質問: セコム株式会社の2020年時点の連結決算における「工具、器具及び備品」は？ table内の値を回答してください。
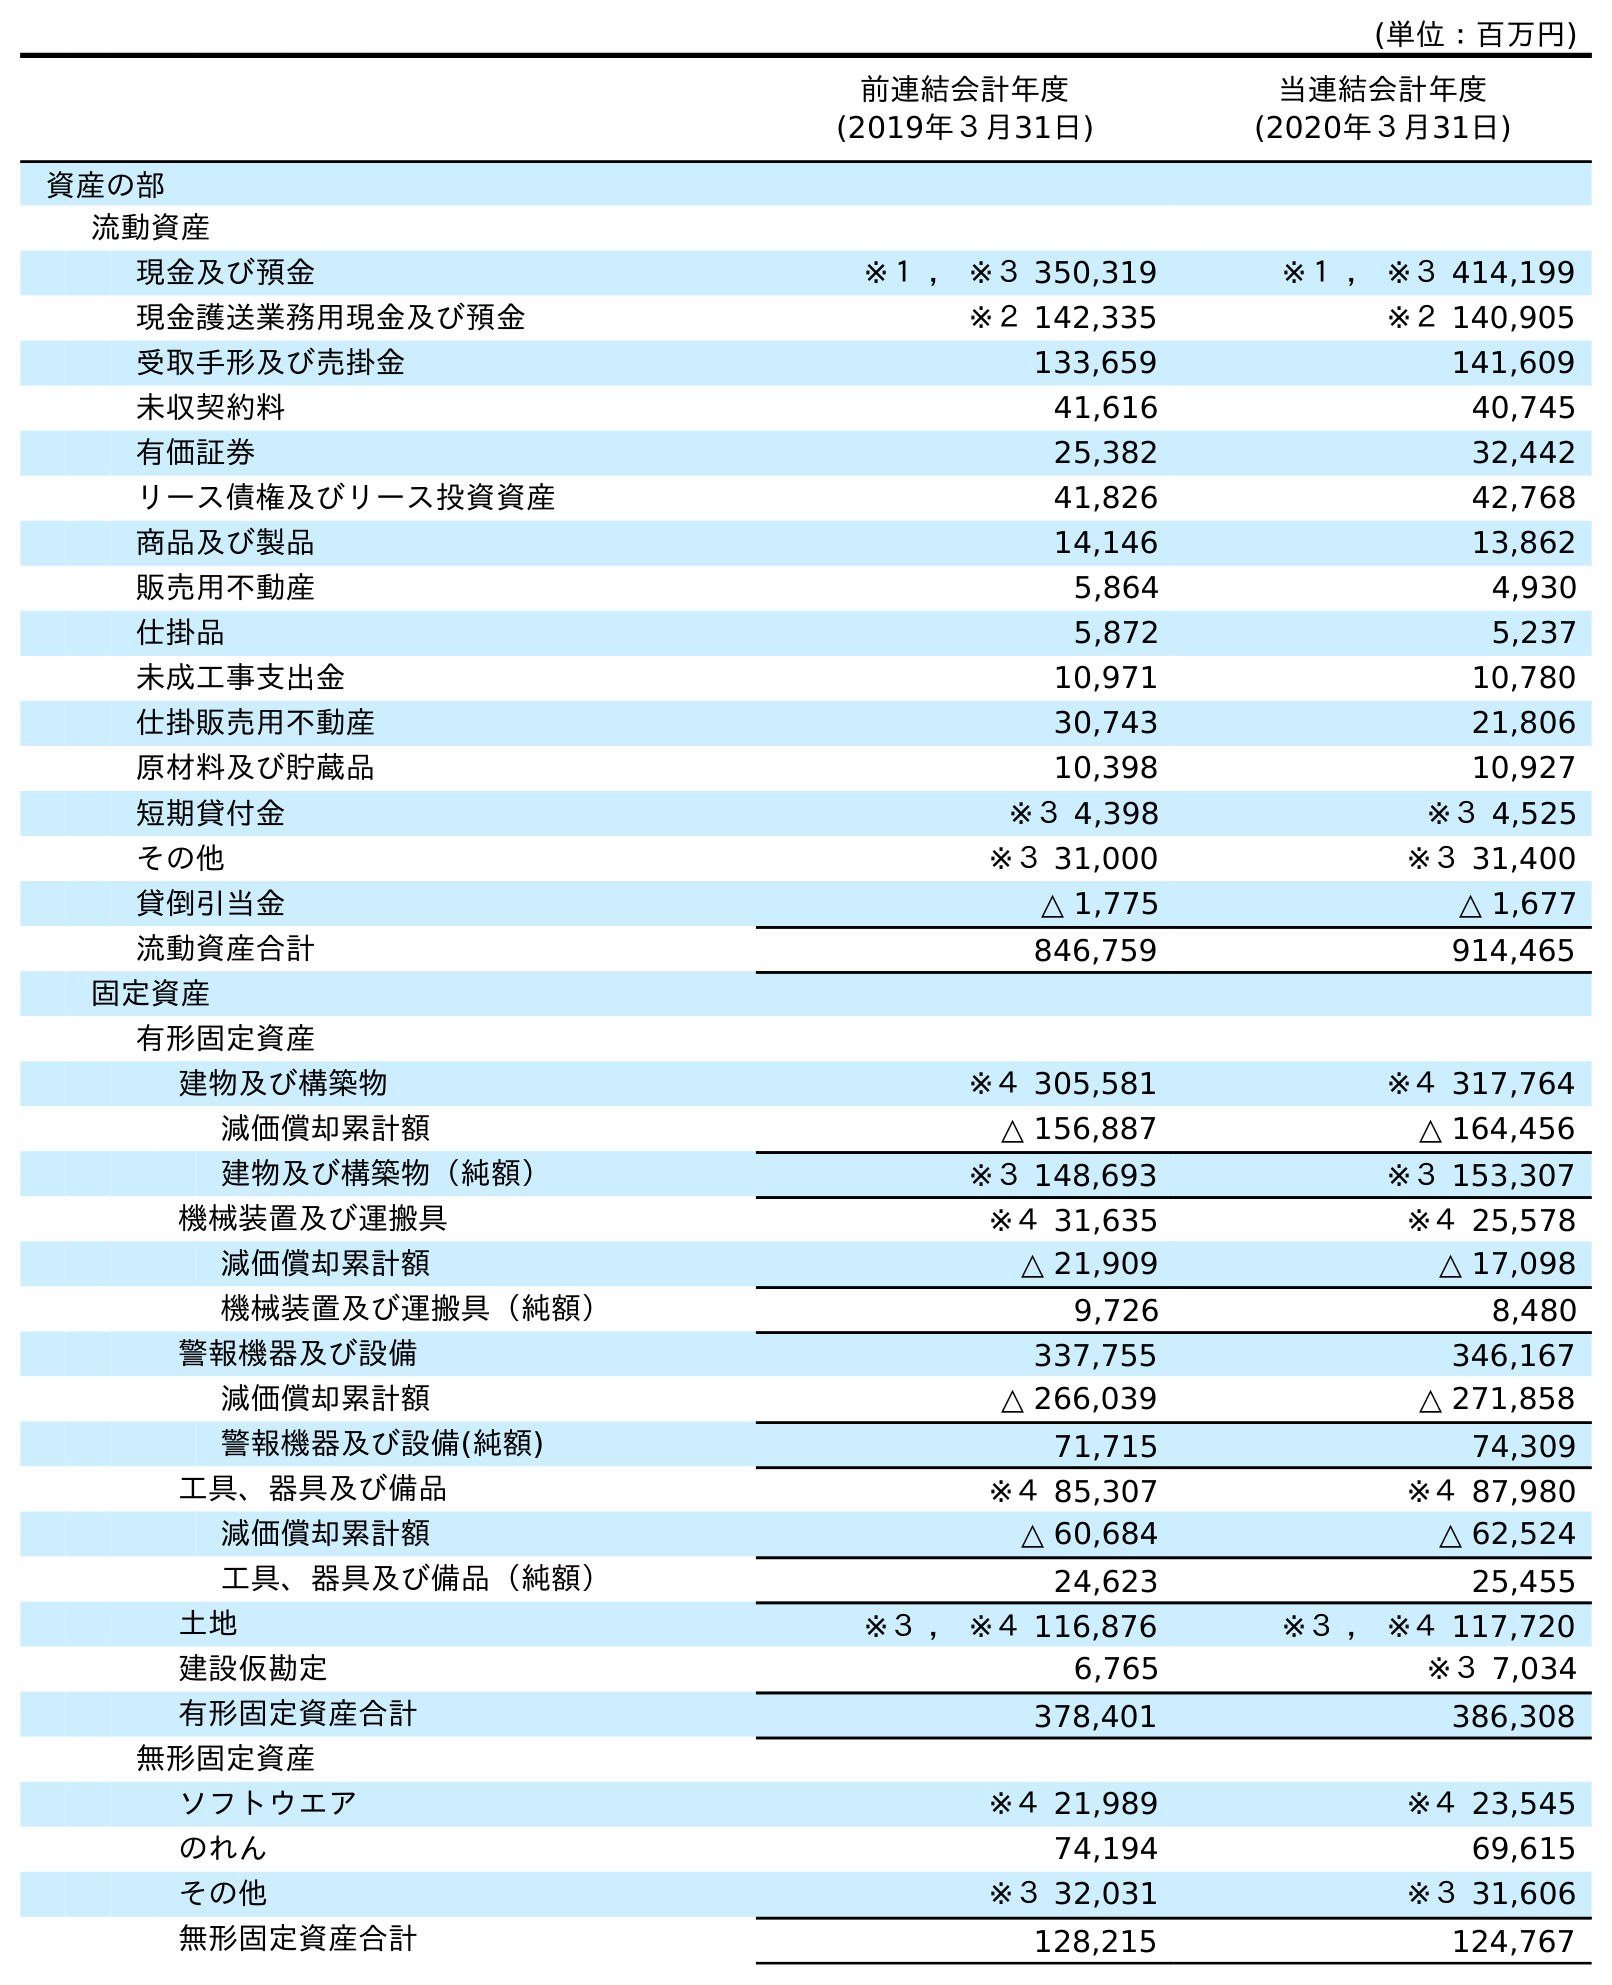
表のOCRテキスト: (単位：百万円) 前連結会計年度 (2019年３月31日) 当連結会計年度 (2020年３月31日) 資産の部 流動資産 現金及び預金 ※１ ， ※３ 350,319 ※１ ， ※３ 414,199 現金護送業務用現金及び預金 ※２ 142,335 ※２ 140,905 受取手形及び売掛金 133,659 141,609 未収契約料 41,616 40,745 有価証券 25,382 32,442 リース債権及びリース投資資産 41,826 42,768 商品及び製品 14,146 13,862 販売用不動産 5,864 4,930 仕掛品 5,872 5,237 未成工事支出金 10,971 10,780 仕掛販売用不動産 30,743 21,806 原材料及び貯蔵品 10,398 10,927 短期貸付金 ※３ 4,398 ※３ 4,525 その他 ※３ 31,000 ※３ 31,400 貸倒引当金 △ 1,775 △ 1,677 流動資産合計 846,759 914,465 固定資産 有形固定資産 建物及び構築物 ※４ 305,581 ※４ 317,764 減価償却累計額 △ 156,887 △ 164,456 建物及び構築物（純額） ※３ 148,693 ※３ 153,307 機械装置及び運搬具 ※４ 31,635 ※４ 25,578 減価償却累計額 △ 21,909 △ 17,098 機械装置及び運搬具（純額） 9,726 8,480 警報機器及び設備 337,755 346,167 減価償却累計額 △ 266,039 △ 271,858 警報機器及び設備(純額) 71,715 74,309 工具、器具及び備品 ※４ 85,307 ※４ 87,980 減価償却累計額 △ 60,684 △ 62,524 工具、器具及び備品（純額） 24,623 25,455 土地 ※３ ， ※４ 116,876 ※３ ， ※４ 117,720 建設仮勘定 6,765 ※３ 7,034 有形固定資産合計 378,401 386,308 無形固定資産 ソフトウエア ※４ 21,989 ※４ 23,545 のれん 74,194 69,615 その他 ※３ 32,031 ※３ 31,606 無形固定資産合計 128,215 124,767
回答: ※４87,980